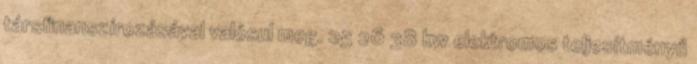
társfinanszírozásával valósul meg. 25 26 38 kw elektromos teljesítményű